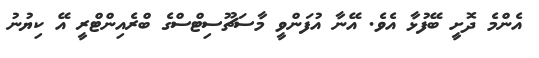
އެންމެ ދޮށީ ބޭފުޅާ އެވެ. އޭނާ އުފަންވީ މާސަޗޫސިޓްސްގެެ ބްރެއިންޓްރީ އޭ ކިޔުނު